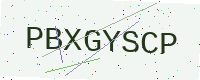
Text: PBXGYSCP